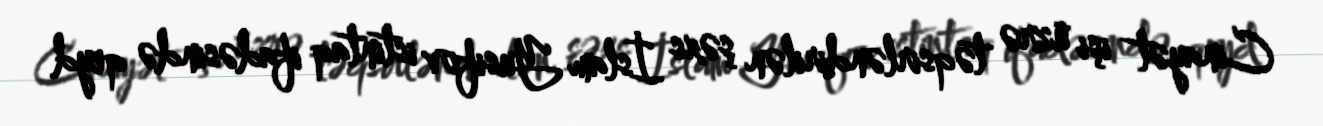
Cinayət işi üzrə təqsirləndirilən şəxs İslam Yusifov istintaq ifadəsində qeyd